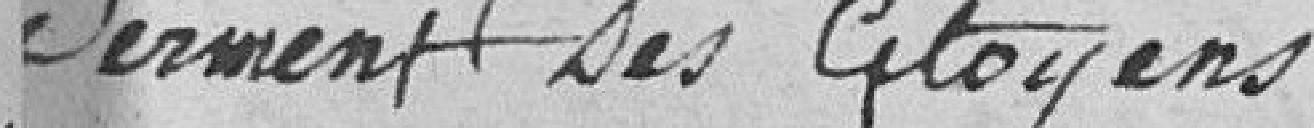
serment des citoyens